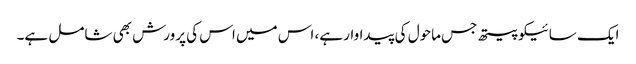
ایک سائیکوپیتھ جس ماحول کی پیداوار ہے، اس میں اس کی پرورش بھی شامل ہے۔